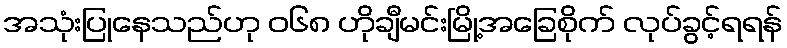
အသုံးပြုနေသည်ဟု ၀၆၈ ဟိုချီမင်းမြို့အခြေစိုက် လုပ်ခွင့်ရရန်